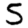
Digit: 5